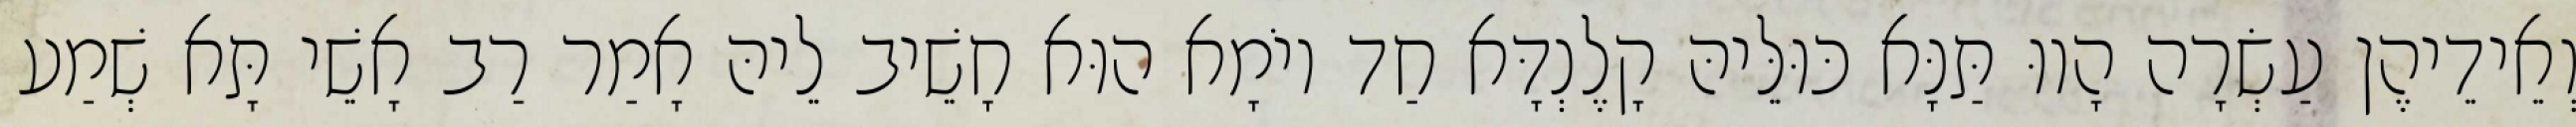
וְאֵידֵיהֶן עַשְׂרָה הָווּ תַּנָּא כּוּלֵּיהּ קָלֶנְדָּא חַד יוֹמָא הוּא חָשֵׁיב לֵיהּ אָמַר רַב אָשֵׁי תָּא שְׁמַע